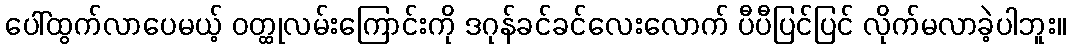
ပေါ်ထွက်လာပေမယ့် ဝတ္ထုလမ်းကြောင်းကို ဒဂုန်ခင်ခင်လေးလောက် ပီပီပြင်ပြင် လိုက်မလာခဲ့ပါဘူး။